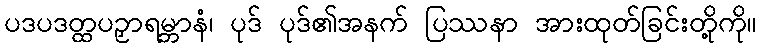
ပဒပဒတ္ထပဉှာရမ္ဘာနံ၊ ပုဒ် ပုဒ်၏အနက် ပြဿနာ အားထုတ်ခြင်းတို့ကို။